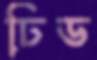
ঢিড